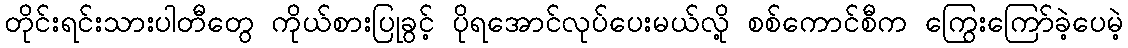
တိုင်းရင်းသားပါတီတွေ ကိုယ်စားပြုခွင့် ပိုရအောင်လုပ်ပေးမယ်လို့ စစ်ကောင်စီက ကြွေးကြော်ခဲ့ပေမဲ့